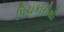
પિચકારીથી